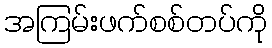
အကြမ်းဖက်စစ်တပ်ကို